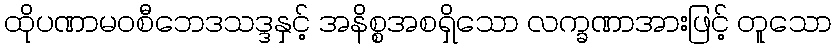
ထိုပဏာမဝစီဘေဒသဒ္ဒနှင့် အနိစ္စအစရှိသော လက္ခဏာအားဖြင့် တူသော